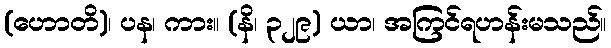
(ဟောတိ)၊ ပန၊ ကား။ (နိ၊ ၃၂၉) ယာ၊ အကြင်ရဟန်းမသည်။